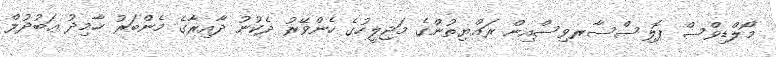
މޯލްޑިވްސް ޕޮލިސްސާރވިސްއިން ރައްޔިތުންގެ މަޖިލީހުގެ ހެންވޭރު ދެކުނު ދާއިރާގެ މެންބަރު ހާމިދު ޢަބުދުލް